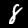
Label: 8